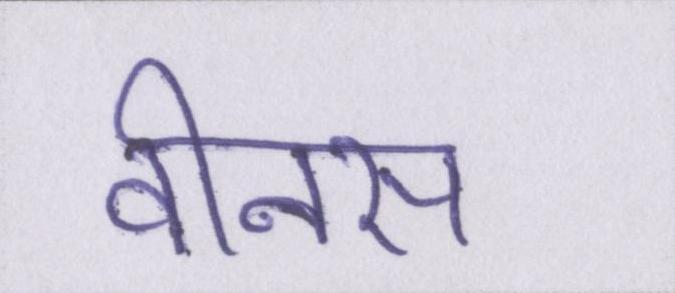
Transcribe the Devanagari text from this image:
वीनस